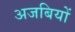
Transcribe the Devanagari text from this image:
अजबियों